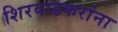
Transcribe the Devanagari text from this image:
शिरवाडकरांना